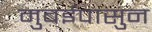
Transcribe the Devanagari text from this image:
मुबईपासुन